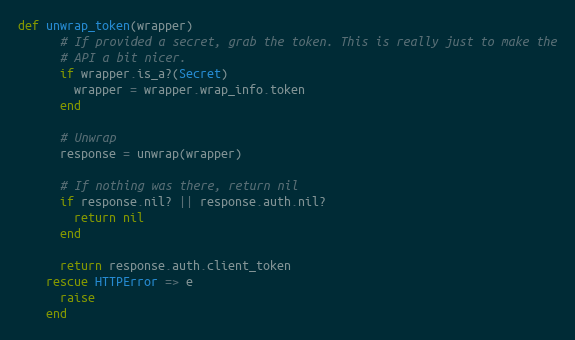
Language: Ruby
def unwrap_token(wrapper)
      # If provided a secret, grab the token. This is really just to make the
      # API a bit nicer.
      if wrapper.is_a?(Secret)
        wrapper = wrapper.wrap_info.token
      end

      # Unwrap
      response = unwrap(wrapper)

      # If nothing was there, return nil
      if response.nil? || response.auth.nil?
        return nil
      end

      return response.auth.client_token
    rescue HTTPError => e
      raise
    end